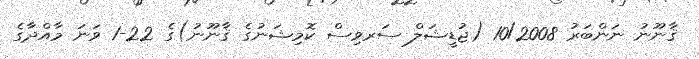
ޤާނޫނު ނަންބަރު 10/2008 (ޖުޑީޝަލް ސަރވިސް ކޮމިޝަނުގެ ޤާނޫނު)ގެ 22-1 ވަނަ މާއްދާގެ